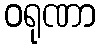
ဝရုဏာ